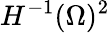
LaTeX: H^{-1}(\Omega)^{2}